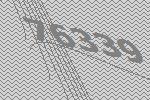
76339